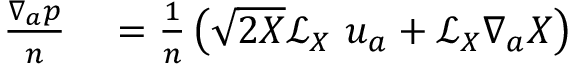
\begin{array} { r l } { \frac { \nabla _ { a } p } { n } } & { { } = \frac { 1 } { n } \left( \sqrt { 2 X } \mathcal { L } _ { X } \mathrm { ~ } u _ { a } + \mathcal { L } _ { X } \nabla _ { a } X \right) } \end{array}